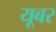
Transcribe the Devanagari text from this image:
यूबर